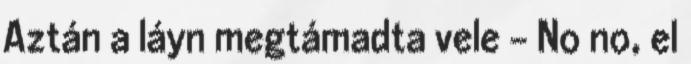
Aztán a láyn megtámadta vele - No no, el